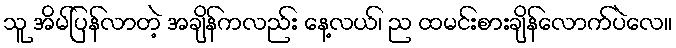
သူ အိမ်ပြန်လာတဲ့ အချိန်ကလည်း နေ့လယ်၊ ည ထမင်းစားချိန်လောက်ပဲလေ။